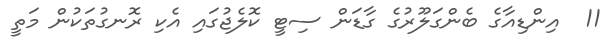
11  އިންޑިއާގެ ބެންގަލޫރުގެ ގާޑަން ސިޓީ ކޮލެޖުގައި އެކި ރޮނގުތަކުން މަތީ